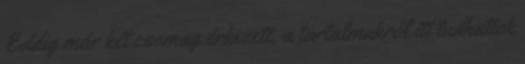
Eddig már két csomag érkezett, a tartalmukról itt tudhattok